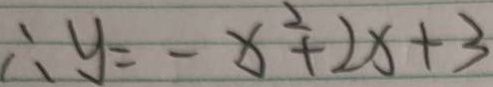
\therefore y = - x ^ { 2 } + 2 x + 3